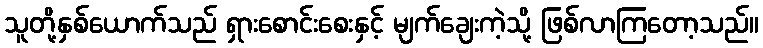
သူတို့နှစ်ယောက်သည် ရှားစောင်းစေးနှင့် မျက်ချေးကဲ့သို့ ဖြစ်လာကြတော့သည်။